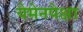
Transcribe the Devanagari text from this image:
येमेनपेक्षा